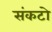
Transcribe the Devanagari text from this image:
संकटो